Eesti_Peakonsulaat_New_Yorgis, lk 63
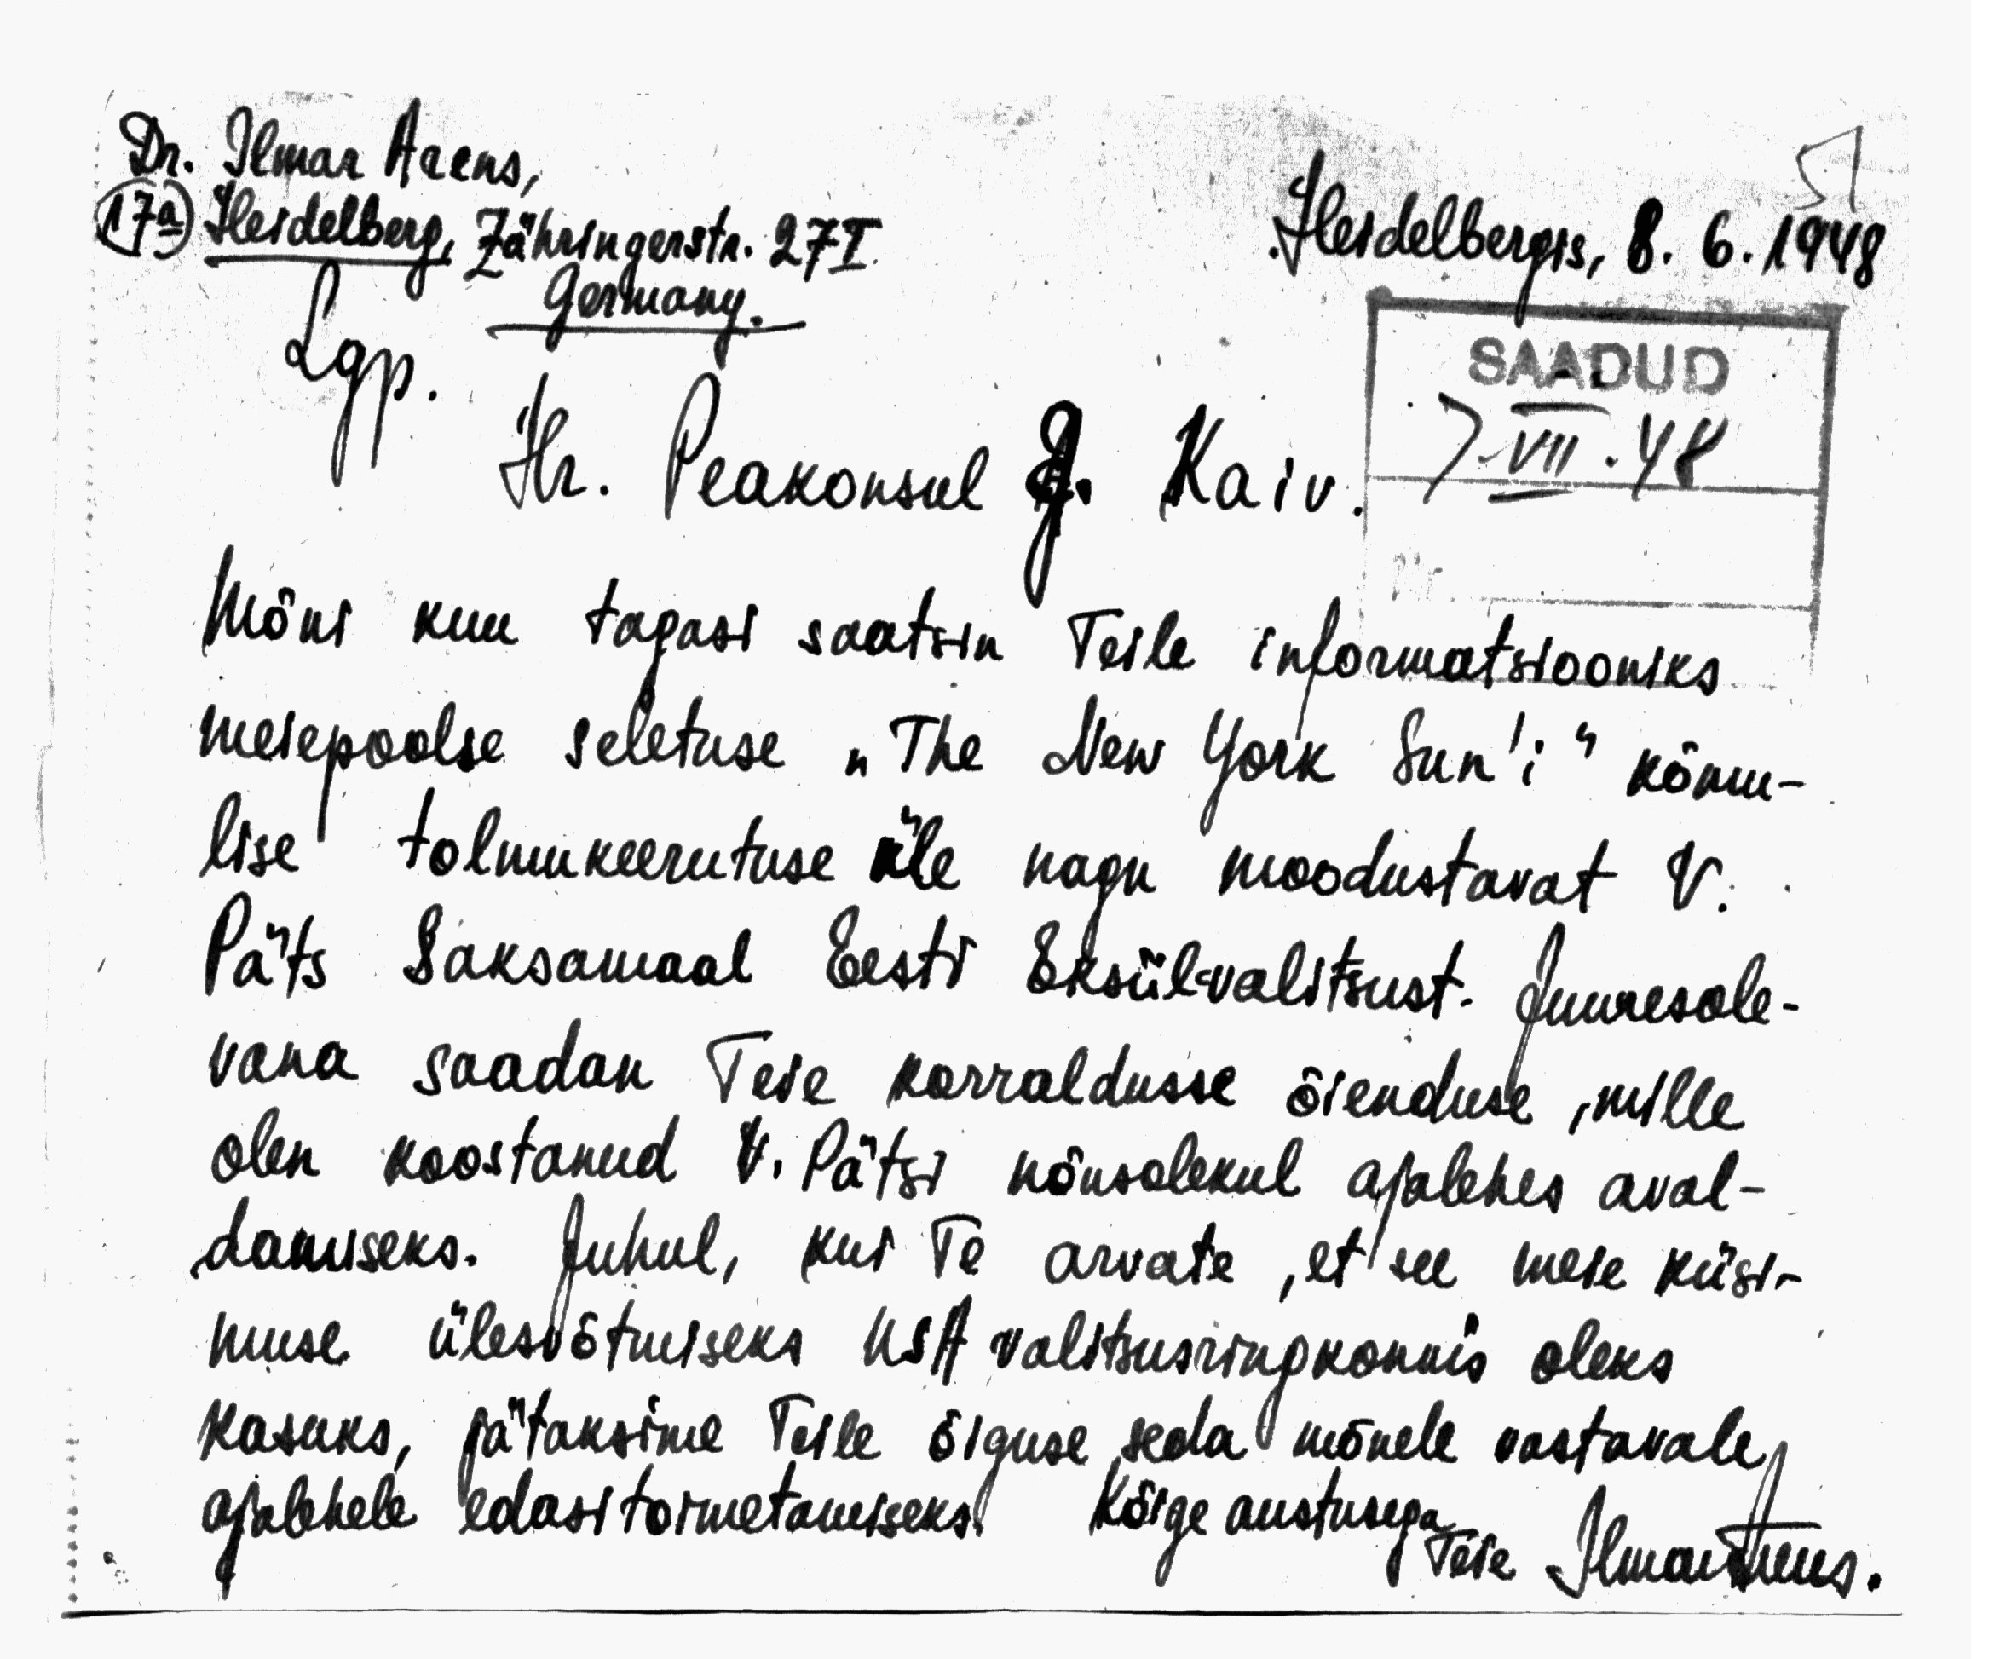
Dr. Ilmar Arens,
17a) Heidelberg, Zähringerstr. 27I.
Heidelbergis, 8. 6. 1948
Germany.
Lgp.
SAADUD
hr. Peakonsul J. Kaiv
7-VII.48
Mõni kuu tagasi saatsin Teile informatsiooniks
meiepoolse seletuse "The New York Sun'i" kõmu-
lise tolmukeerutuse üle nagu moodustavat V.
Päts Saksamaal Eesti Eksiilvalitsust. Juuresole-
vana saadan Teie korraldusse õienduse, mille
olen koostanud V. Pätsi nõusolekul ajalehes aval-
damiseks. Juhul, kui Te arvate, et see meie küsi-
muse ülesvõtmiseks USA valitsusringkonnis oleks
kasuks, jätaksime Teile õiguse seda mõnele vastavale
ajalehele edasitoimetamiseks. Kõige austusega
Teie Ilmar Arens.